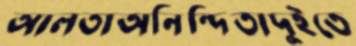
আলতাঅনিন্দিতাদুইতে